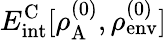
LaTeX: E_{\mathrm{int}}^{\mathrm{C}}[\rho_{\mathrm{A}}^{(0)},\rho_{\mathrm{env}}^{(0)}]